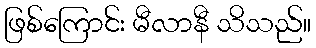
ဖြစ်ကြောင်း မီလာနီ သိသည်။